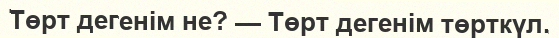
Төрт дегенім не? — Төрт дегенім төрткүл.